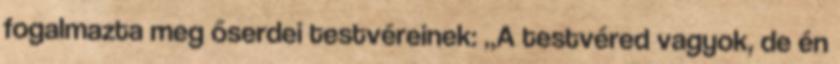
fogalmazta meg őserdei testvéreinek: „A testvéred vagyok, de én